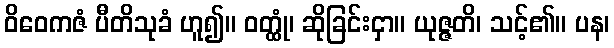
ဝိဝေကဇံ ပီတိသုခံ ဟူ၍။ ဝတ္ထုံ၊ ဆိုခြင်းငှာ။ ယုဇ္ဇတိ၊ သင့်၏။ ပန၊